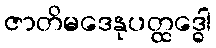
ဇာတိမဒေနုပတ္ထဒ္ဓေါ